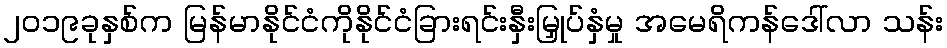
၂၀၁၉ခုနှစ်က မြန်မာနိုင်ငံကိုနိုင်ငံခြားရင်းနှီးမြှုပ်နှံမှု အမေရိကန်ဒေါ်လာ သန်း